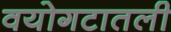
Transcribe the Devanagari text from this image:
वयोगटातली